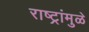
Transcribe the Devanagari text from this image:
राष्ट्रांमुळे